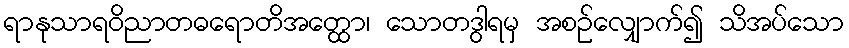
ရာနုသာရဝိညာတဓရောတိအတ္ထော၊ သောတဒွါရမှ အစဉ်လျှောက်၍ သိအပ်သော